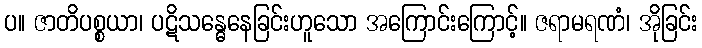
ပ။ ဇာတိပစ္စယာ၊ ပဋိသန္ဓေနေခြင်းဟူသော အကြောင်းကြောင့်။ ဇရာမရဏံ၊ အိုခြင်း